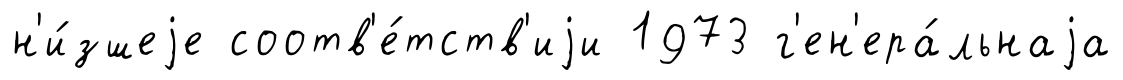
н'и́зшеjе соотв'е́тств'иjи 1973 г'ен'ера́льнаjа